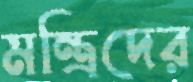
মন্ত্রিদের